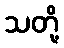
သတို့